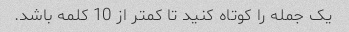
یک جمله را کوتاه کنید تا کمتر از 10 کلمه باشد.